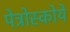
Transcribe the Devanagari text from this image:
पेत्रोस्कोये